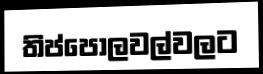
තිප්පොලවල්වලට